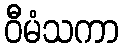
ဝီမံသကာ